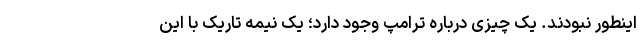
اینطور نبودند. یک چیزی درباره ترامپ وجود دارد؛ یک نیمه تاریک با این